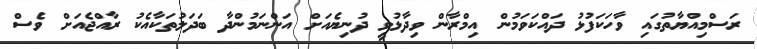
ރަސްމިއްޔާތުގައި ވާހަކަފުޅު ދައްކަވަމުން އިމްރާން ވިދާޅުވީ ދުނިޔެއަށް އަންނަމުންދާ ބަދަލުތަކާއެކު ރާއްޖެއަށް ވެސް